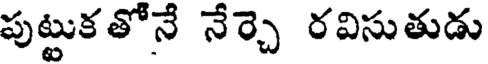
పుట్టుకతోనే నేర్చె రవిసుతుడు